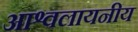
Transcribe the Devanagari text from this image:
आश्वलायनीय